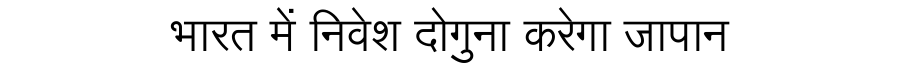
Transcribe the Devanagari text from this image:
भारत में निवेश दोगुना करेगा जापान